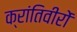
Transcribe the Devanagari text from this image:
क्रांतिवीरों